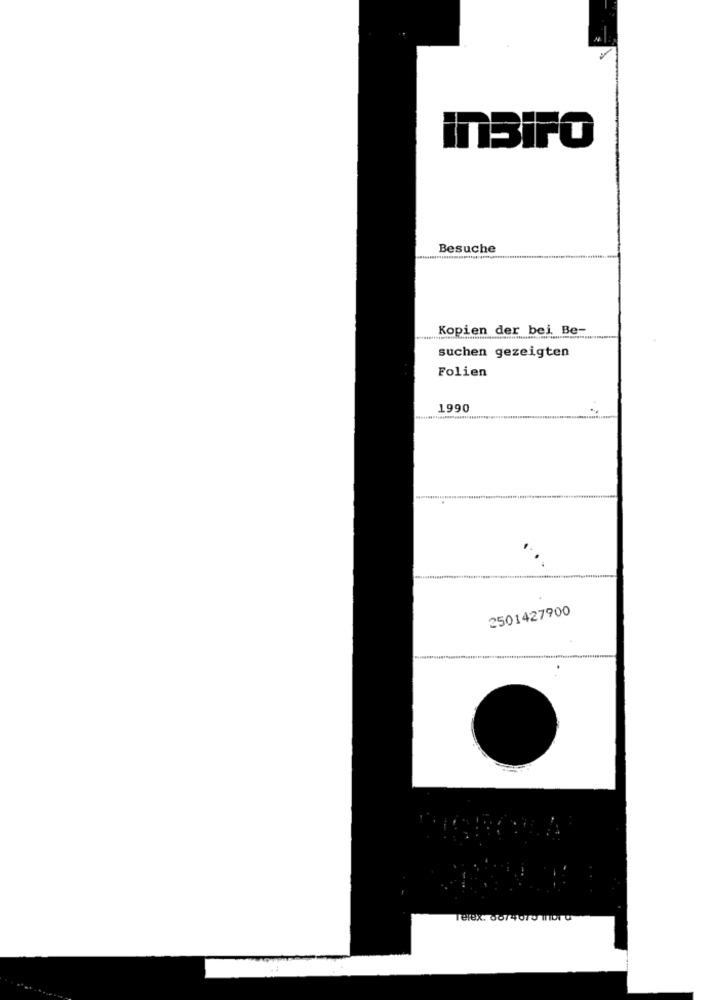
Besuche
Kopien der bei Be-
suchen gezeigten
Folien
1990
2501427900
Telex. 0074OTO TID U